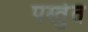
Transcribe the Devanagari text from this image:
पर्स्तुत